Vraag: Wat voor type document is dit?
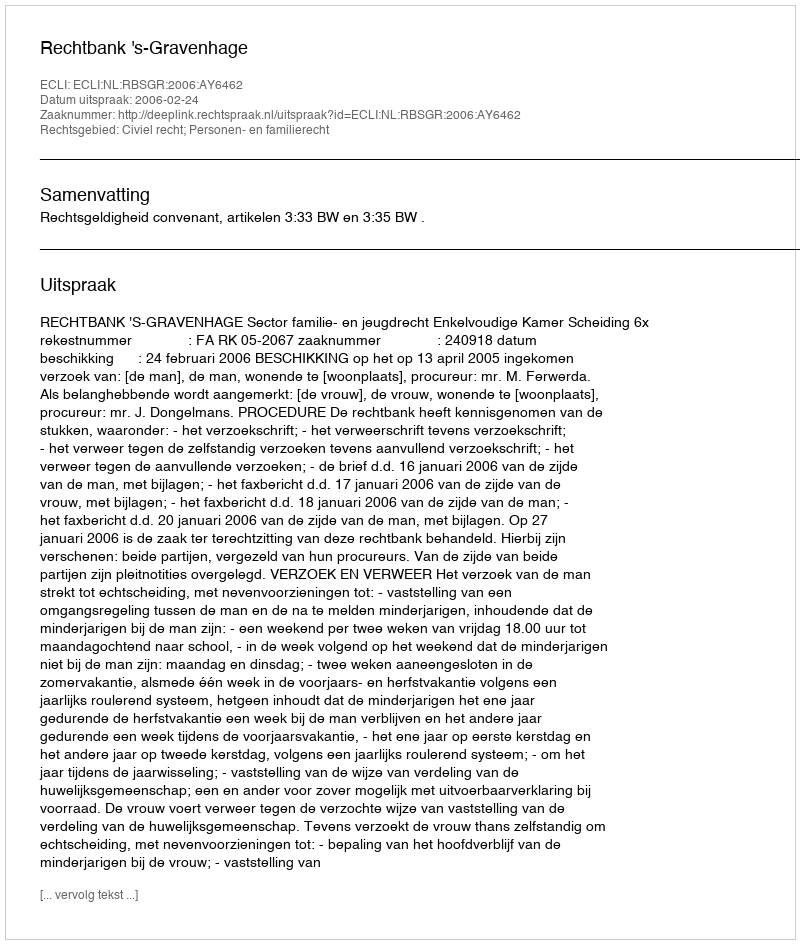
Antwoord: Uitspraak